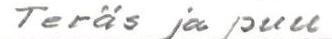
Teräs ja puu